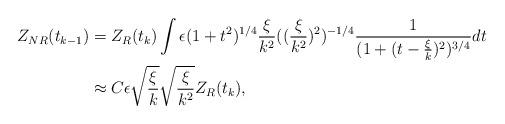
LaTeX: \begin{align*} Z_{NR}(t_{k-1})&= Z_{R}(t_{k}) \int \epsilon (1+t^2)^{1/4} \frac{\xi}{k^2} ((\frac{\xi}{k^2})^2)^{-1/4} \frac{1}{(1+(t-\frac{\xi}{k})^2)^{3/4}}dt \\ &\approx C \epsilon \sqrt{\frac{\xi}{k}} \sqrt{\frac{\xi}{k^2}} Z_{R}(t_{k}), \end{align*}